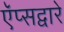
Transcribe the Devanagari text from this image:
ऍप्सद्वारे